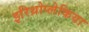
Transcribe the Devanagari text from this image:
इरिथ्रोप्लेकिया